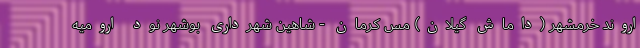
اروند خرمشهر (داماش گیلان) مس کرمان - شاهین شهرداری بوشهر نود ارومیه